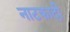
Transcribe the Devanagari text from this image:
नाटकादी